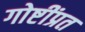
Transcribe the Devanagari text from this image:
गोष्टींप्रत